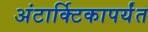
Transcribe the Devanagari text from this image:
अंटार्क्टिकापर्यंत